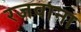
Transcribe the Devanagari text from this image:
रजवाना